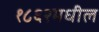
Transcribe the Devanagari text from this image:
१८६२मधील